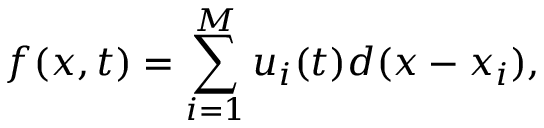
f ( x , t ) = \sum _ { i = 1 } ^ { M } u _ { i } ( t ) d ( x - x _ { i } ) ,